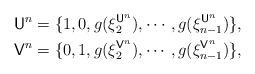
LaTeX: \begin{align*}\mathsf{U}^n&=\{1,0,g(\xi_2^{\mathsf{U}^n}),\cdots,g(\xi_{n-1}^{\mathsf{U}^n})\},\\\mathsf{V}^n&=\{0,1,g(\xi_2^{\mathsf{V}^n}),\cdots,g(\xi_{n-1}^{\mathsf{V}^n})\},\end{align*}